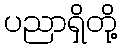
ပညာရှိတို့